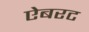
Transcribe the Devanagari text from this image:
ऐबरट